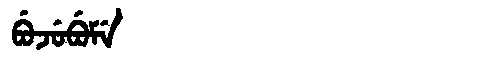
Manchu: ᠪᡠᠵᡠᠪᡠᠮᡝ
Romanization: BUJUBUME